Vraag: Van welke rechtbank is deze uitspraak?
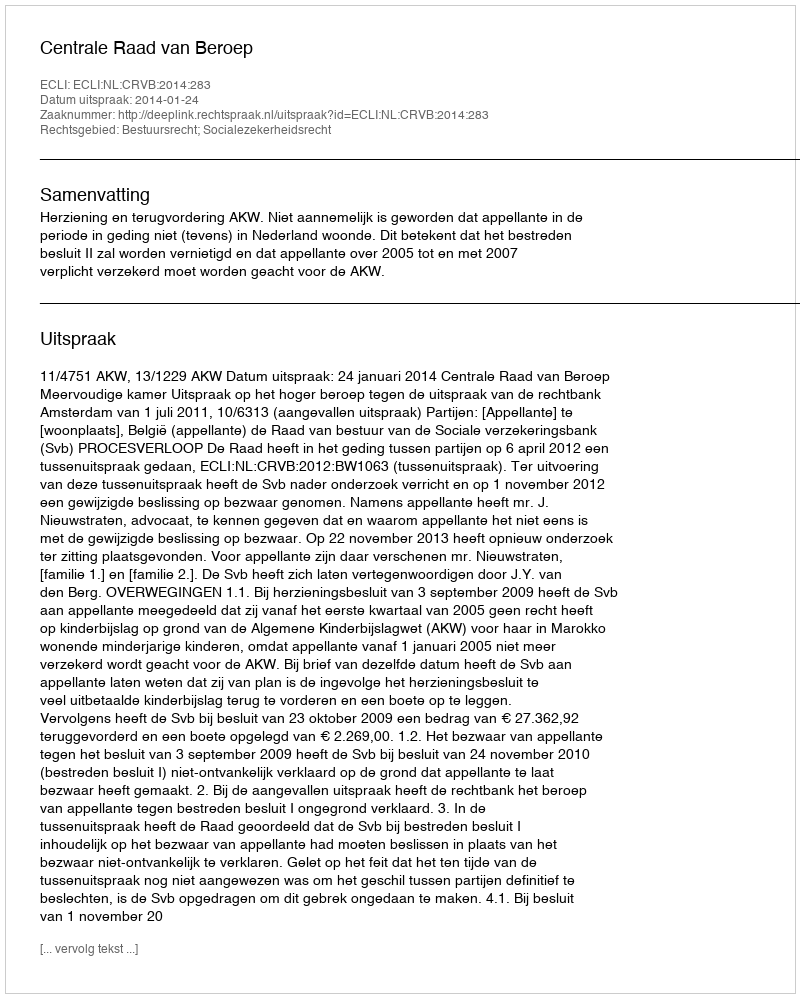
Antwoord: Centrale Raad van Beroep